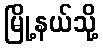
မြို့နယ်သို့